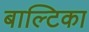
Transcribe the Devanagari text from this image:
बाल्टिका